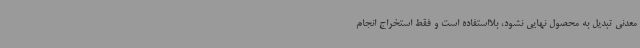
معدنی تبدیل به محصول نهایی نشود، بلااستفاده است و فقط استخراج انجام